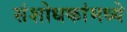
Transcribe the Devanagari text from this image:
संशोधकांमध्ये